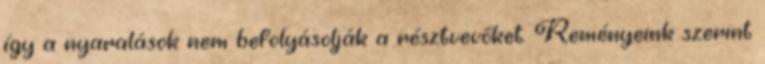
így a nyaralások nem befolyásolják a résztvevőket. Reményeink szerint